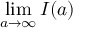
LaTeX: \operatorname* { l i m } _ { a \to \infty } I ( a )